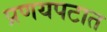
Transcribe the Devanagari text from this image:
प्रणयपटात